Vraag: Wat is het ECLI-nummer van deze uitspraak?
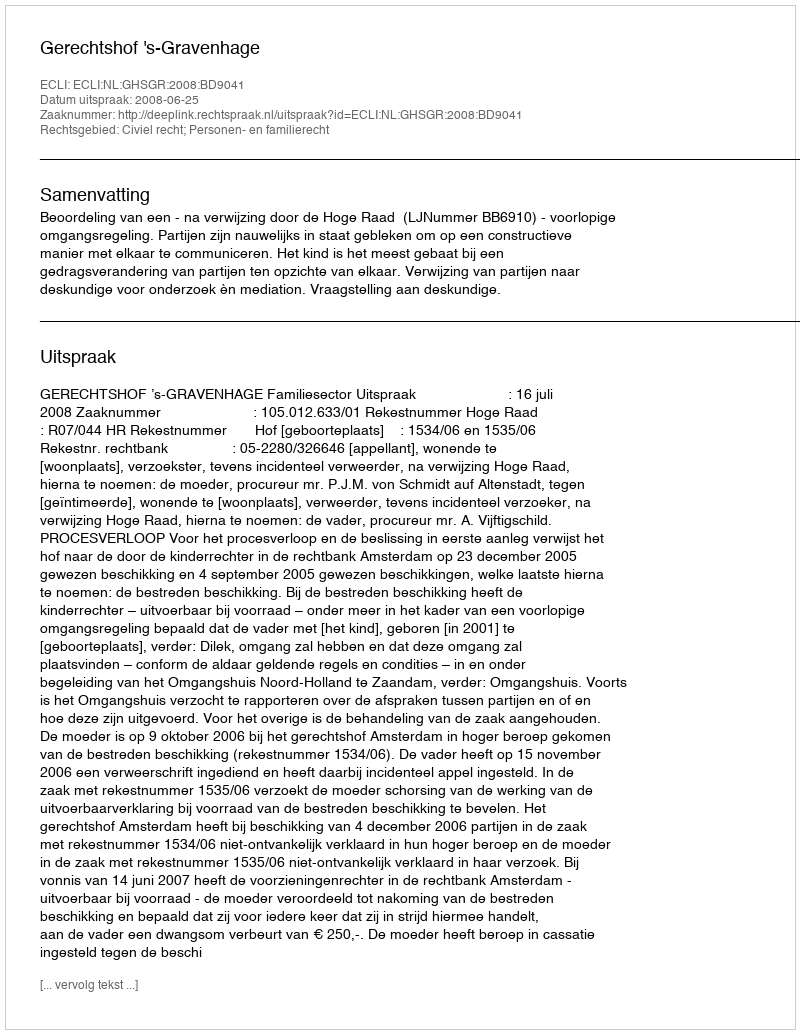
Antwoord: ECLI:NL:GHSGR:2008:BD9041